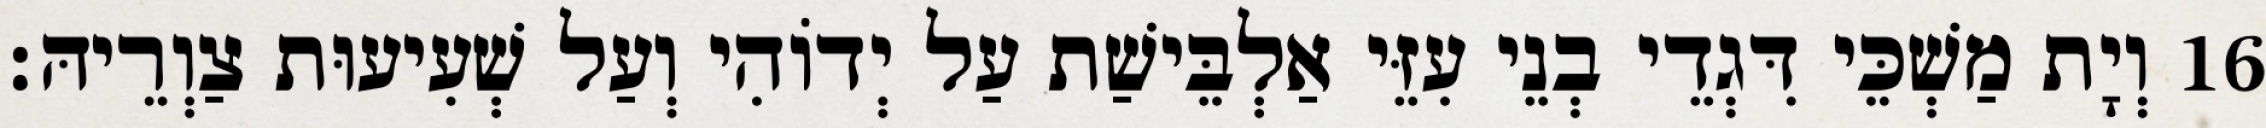
16 וְיָת מַשְׁכֵּי דִּגְדֵי בְנֵי עִזֵּי אַלְבֵּישַׁת עַל יְדוֹהִי וְעַל שְׁעִיעוּת צַוְרֵיהּ׃